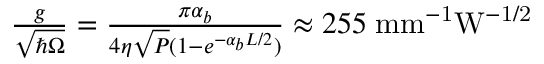
\begin{array} { r } { \frac { g } { \sqrt { \hbar \Omega } } = \frac { \pi \alpha _ { b } } { 4 \eta \sqrt { P } ( 1 - e ^ { - \alpha _ { b } L / 2 } ) } \approx 2 5 5 \; \mathrm { m m ^ { - 1 } W ^ { - 1 / 2 } } } \end{array}